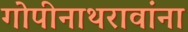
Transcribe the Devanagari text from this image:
गोपीनाथरावांना